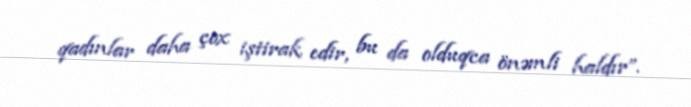
qadınlar daha çox iştirak edir, bu da olduqca önəmli haldır”.